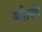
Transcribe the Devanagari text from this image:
वाशियांचे